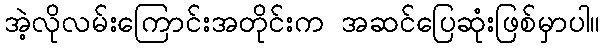
အဲ့လိုလမ်းကြောင်းအတိုင်းက အဆင်ပြေဆုံးဖြစ်မှာပါ။